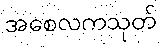
အစေလကသုတ်